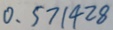
0 . 5 7 1 4 2 8